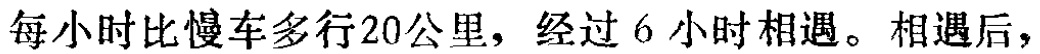
每小时比慢车多行20公里，经过6 小时相遇。相遇后，